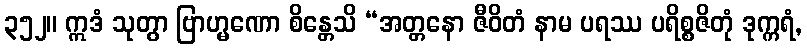
၃၅၂။ ဣဒံ သုတွာ ဗြာဟ္မဏော စိန္တေသိ “အတ္တနော ဇီဝိတံ နာမ ပရဿ ပရိစ္စဇိတုံ ဒုက္ကရံ,